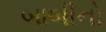
બાબીનો